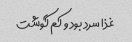
غذا سرد بود و کم گوشت